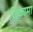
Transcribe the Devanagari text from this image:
जिकामा